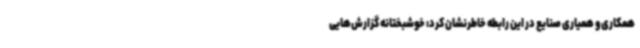
همکاری و همیاری صنایع در این رابطه خاطرنشان کرد: خوشبختانه گزارش‌هایی